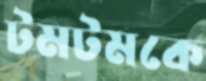
টমটমকে